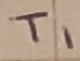
Text: T1